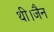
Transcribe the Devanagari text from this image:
थी।जैन